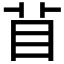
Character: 𥄕